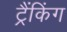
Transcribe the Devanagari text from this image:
ट्रैंकिंग